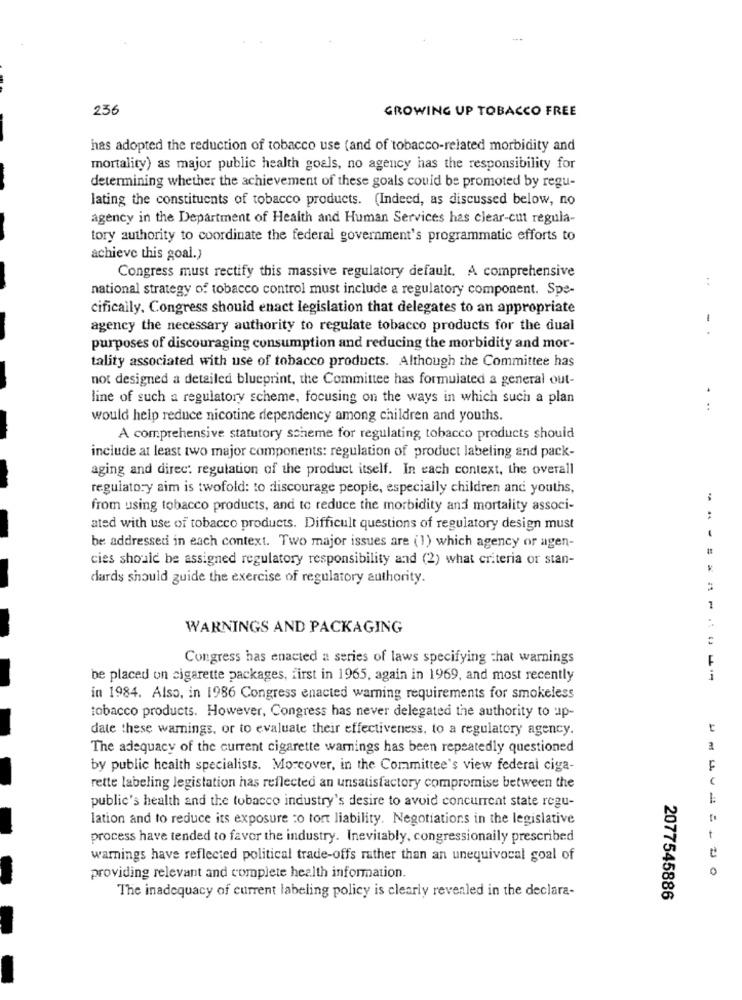
236
GROWING UP TOBACCO FREE
has adopted the reduction of tobacco use (and of tobacco-related morbidity and
mortality) as major public health goals, no agency has the responsibility for
determining whether the achievement of these goals could be promoted by regu-
lating the constituents of tobacco products. (Indeed, as discussed below, no
agency in the Department of Health and Human Services has clear-cut regula-
tory authority to coordinate the federal government's programmatic efforts to
achieve this goal.)
Congress must rectify this massive regulatory default. A comprehensive
..
national strategy of tobacco control must include a regulatory component. Spe-
cifically, Congress should enact legislation that delegates to an appropriate
agency the necessary authority to regulate tobacco products for the dual
-.
purposes of discouraging consumption and reducing the morbidity and mor-
tality associated with use of tobacco products. Although the Committee has
not designed a detailed blueprint, the Committee has formulated a general out-
line of such a regulatory scheme, focusing on the ways in which such a plan
..
would help reduce nicotine dependency among children and youths.
A comprehensive statutory scheme for regulating tobacco products should
include at least two major components: regulation of product labeling and pack-
aging and direc: regulation of the product itself. In each context, the overall
regulatory aim is twofold: to discourage people, especially children and youths,
from using tobacco products, and to reduce the morbidity and mortality associ-
:
ated with use of tobacco products. Difficult questions of regulatory design must
be addressed in each context. Two major issues are (1) which agency or agen-
cies should be assigned regulatory responsibility and (2) what criteria or stan-
dards should guide the exercise of regulatory authority.
1
WARNINGS AND PACKAGING
Congress has enacted a series of laws specifying that warnings
F
be placed on cigarette packages, first in 1965, again in 1969, and most recently
in 1984. Also, in 1986 Congress enacted warning requirements for smokeless
tobacco products. However, Congress has never delegated the authority to up-
date these warnings, or to evaluate their effectiveness, to a regulatory agency.
The adequacy of the current cigarette warnings has been repeatedly questioned
by public health specialists. Moreover, in the Committee's view federal ciga-
rette labeling legislation has reflected an unsatisfactory compromise between the
public's health and the tobacco industry's desire to avoid concurrent state regu-
lation and to reduce its exposure :o tort liability. Negotiations in the legislative
process have tended to favor the industry. Inevitably, congressionaily prescribed
warnings have reflected political trade-offs rather than an unequivocal goal of
providing relevant and complete health information.
The inadequacy of current labeling policy is clearly revenled in the declara-
2077545886